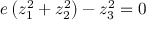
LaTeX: e \left( z _ { 1 } ^ { 2 } + z _ { 2 } ^ { 2 } \right) - z _ { 3 } ^ { 2 } = 0